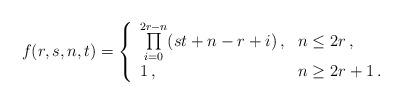
LaTeX: \begin{align*}f(r,s,n,t)=\left\{ \begin{array}{ll} \prod\limits_{i=0}^{2r-n}(s t + n - r + i)\,,&n\leq2r\,,\\ 1\,,&n\geq2r+1\,. \end{array}\right. \end{align*}